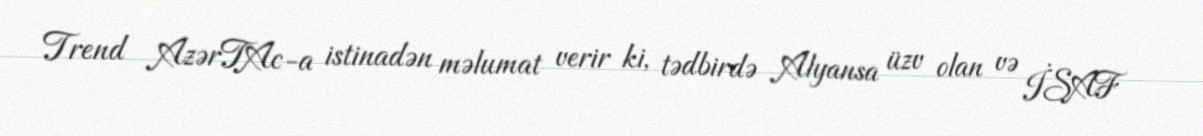
Trend AzərTAc-a istinadən məlumat verir ki, tədbirdə Alyansa üzv olan və İSAF